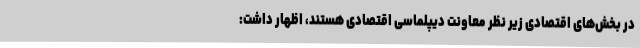
در بخش‌های اقتصادی زیر نظر معاونت دیپلماسی اقتصادی هستند، اظهار داشت: